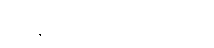
ကို နဲ့ ဆိုပီးခွဲထားပါတယ်။